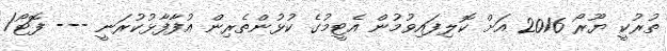
ތުރުކީ ޔޫރޯ 2016 އަށް ކޮލިފައިވުމުން އެޓީމުގެ ކުޅުންތެރިން އުފާފާޅުކުރަނީ --- ފޮޓޯ/